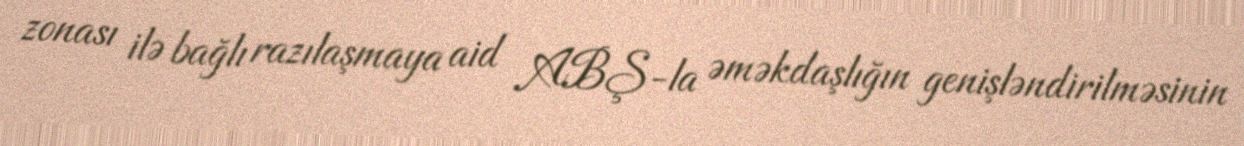
zonası ilə bağlı razılaşmaya aid ABŞ-la əməkdaşlığın genişləndirilməsinin